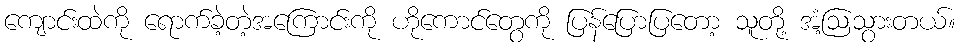
ကျောင်းထဲကို ရောက်ခဲ့တဲ့အကြောင်းကို ဟိုကောင်တွေကို ပြန်ပြောပြတော့ သူတို့ အံ့ဩသွားတယ်။